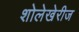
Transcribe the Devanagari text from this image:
शोलेखेरीज